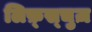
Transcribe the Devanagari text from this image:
लिफ़्स्चुज़